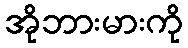
အိုဘားမားကို